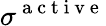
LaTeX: \sigma^{\mathrm{~a~c~t~i~v~e~}}